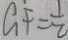
a F = \frac { 1 } { 2 }